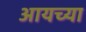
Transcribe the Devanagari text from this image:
आयच्या